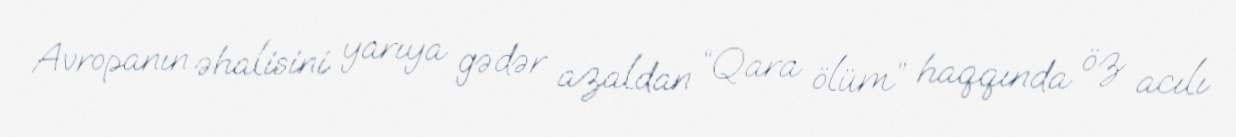
Avropanın əhalisini yarıya gədər azaldan “Qara ölüm” haqqında öz acılı